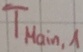
Text: TMain,1